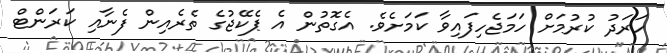
ހަރަދު ކުރުމަށް ހަމަޖެހިފައިވާ ކަމަށެވެ. އެގޮތުން އެ ޕެކޭޖުގެ ތެރެއިން ފެނާއި ކަރަންޓް